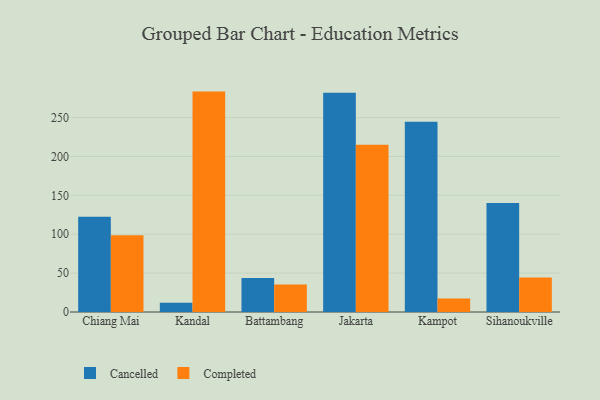
{"axis": {"x": "City", "y": "Active Users"}, "legend": ["Cancelled", "Completed"], "data": [{"x": "Chiang Mai", "y": 122.5, "type": "Cancelled"}, {"x": "Chiang Mai", "y": 98.8, "type": "Completed"}, {"x": "Kandal", "y": 11.9, "type": "Cancelled"}, {"x": "Kandal", "y": 283.4, "type": "Completed"}, {"x": "Battambang", "y": 43.6, "type": "Cancelled"}, {"x": "Battambang", "y": 35.3, "type": "Completed"}, {"x": "Jakarta", "y": 282.0, "type": "Cancelled"}, {"x": "Jakarta", "y": 214.9, "type": "Completed"}, {"x": "Kampot", "y": 244.5, "type": "Cancelled"}, {"x": "Kampot", "y": 17.3, "type": "Completed"}, {"x": "Sihanoukville", "y": 140.1, "type": "Cancelled"}, {"x": "Sihanoukville", "y": 44.4, "type": "Completed"}]}